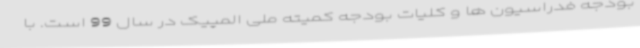
بودجه فدراسیون ها و کلیات بودجه کمیته ملی المپیک در سال 99 است. با